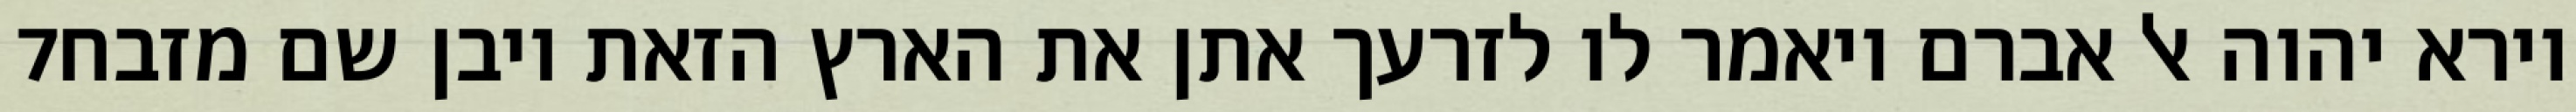
‎7‏ וירא יהוה אל אברם ויאמר לו לזרעך אתן את הארץ הזאת ויבן שם מזבח